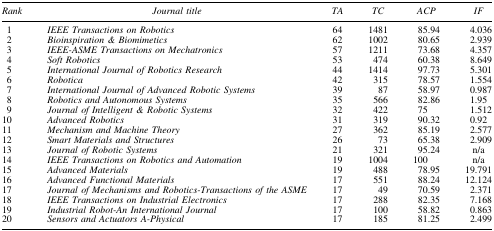
<table><thead><tr><td><b><i>Rank</i></b></td><td><b><i>Journal title</i></b></td><td><b><i>TA</i></b></td><td><b><i>TC</i></b></td><td><b><i>ACP</i></b></td><td><b><i>IF</i></b></td></tr></thead><tbody><tr><td> 1</td><td><i>IEEE Transactions on Robotics</i></td><td>64</td><td>1481</td><td>85.94</td><td>4.036</td></tr><tr><td> 2</td><td><i>Bioinspiration &amp; Biomimetics</i></td><td>62</td><td>1002</td><td>80.65</td><td>2.939</td></tr><tr><td> 3</td><td><i>IEEE-ASME Transactions on Mechatronics</i></td><td>57</td><td>1211</td><td>73.68</td><td>4.357</td></tr><tr><td> 4</td><td><i>Soft Robotics</i></td><td>53</td><td>474</td><td>60.38</td><td>8.649</td></tr><tr><td> 5</td><td><i>International Journal of Robotics Research</i></td><td>44</td><td>1414</td><td>97.73</td><td>5.301</td></tr><tr><td> 6</td><td><i>Robotica</i></td><td>42</td><td>315</td><td>78.57</td><td>1.554</td></tr><tr><td> 7</td><td><i>International Journal of Advanced Robotic Systems</i></td><td>39</td><td>87</td><td>58.97</td><td>0.987</td></tr><tr><td> 8</td><td><i>Robotics and Autonomous Systems</i></td><td>35</td><td>566</td><td>82.86</td><td>1.95</td></tr><tr><td> 9</td><td><i>Journal of Intelligent &amp; Robotic Systems</i></td><td>32</td><td>422</td><td>75</td><td>1.512</td></tr><tr><td>10</td><td><i>Advanced Robotics</i></td><td>31</td><td>319</td><td>90.32</td><td>0.92</td></tr><tr><td>11</td><td><i>Mechanism and Machine Theory</i></td><td>27</td><td>362</td><td>85.19</td><td>2.577</td></tr><tr><td>12</td><td><i>Smart Materials and Structures</i></td><td>26</td><td>73</td><td>65.38</td><td>2.909</td></tr><tr><td>13</td><td><i>Journal of Robotic Systems</i></td><td>21</td><td>321</td><td>95.24</td><td>n/a</td></tr><tr><td>14</td><td><i>IEEE Transactions on Robotics and Automation</i></td><td>19</td><td>1004</td><td>100</td><td>n/a</td></tr><tr><td>15</td><td><i>Advanced Materials</i></td><td>19</td><td>488</td><td>78.95</td><td>19.791</td></tr><tr><td>16</td><td><i>Advanced Functional Materials</i></td><td>17</td><td>551</td><td>88.24</td><td>12.124</td></tr><tr><td>17</td><td><i>Journal of Mechanisms and Robotics-Transactions of the ASME</i></td><td>17</td><td>49</td><td>70.59</td><td>2.371</td></tr><tr><td>18</td><td><i>IEEE Transactions on Industrial Electronics</i></td><td>17</td><td>288</td><td>82.35</td><td>7.168</td></tr><tr><td>19</td><td><i>Industrial Robot-An International Journal</i></td><td>17</td><td>100</td><td>58.82</td><td>0.863</td></tr><tr><td>20</td><td><i>Sensors and Actuators A-Physical</i></td><td>17</td><td>185</td><td>81.25</td><td>2.499</td></tr></tbody></table>